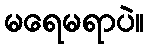
မရေမရာပဲ။